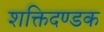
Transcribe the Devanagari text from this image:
शक्तिदण्डक